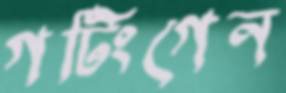
গটিংগেন